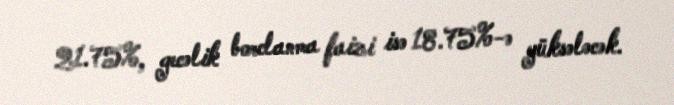
21.75%, gecəlik borclanma faizi isə 18.75%-ə yüksələcək.